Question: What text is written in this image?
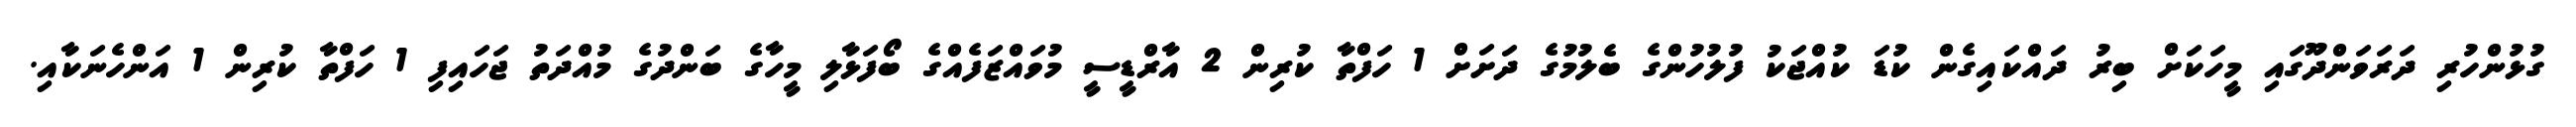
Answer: ގުޅުންހުރި ދަރަވަންދޫގައި މީހަކަށް ބިރު ދައްކައިގެން ކުޑަ ކުއްޖަކު ފުލުހުންގެ ބެލުމުގެ ދަށަށް 1 ހަފްތާ ކުރިން 2 އާރްޑީސީ މުވައްޒަފެއްގެ ބޯފަޅާލި މީހާގެ ބަންދުގެ މުއްދަތު ޖަހައިފި 1 ހަފްތާ ކުރިން 1 އަންހެނަކާއި.